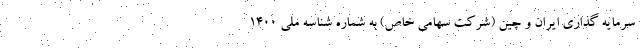
سرمایه گذاری ایران و چین (شرکت سهامی خاص) به شماره شناسه ملی 1400